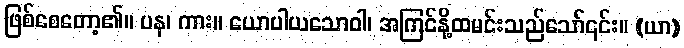
ဖြစ်စေတော့၏။ ပန၊ ကား။ ယောပါယသောဝါ၊ အကြင်နို့ထမင်းသည်သော်၎င်း။ (ယာ)